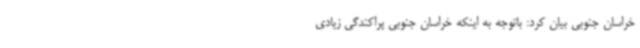
خراسان جنوبی بیان کرد: باتوجه به اینکه خراسان جنوبی پراکندگی زیادی